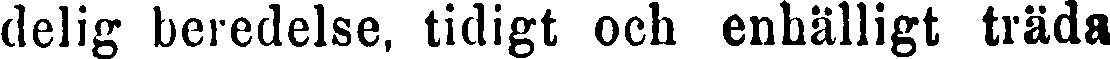
delig beredelse, tidigt och enhälligt träda